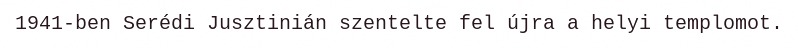
1941-ben Serédi Jusztinián szentelte fel újra a helyi templomot.